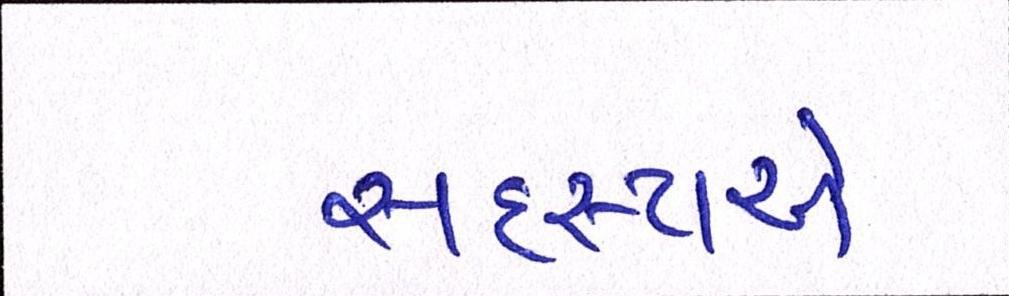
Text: સદસ્યએ